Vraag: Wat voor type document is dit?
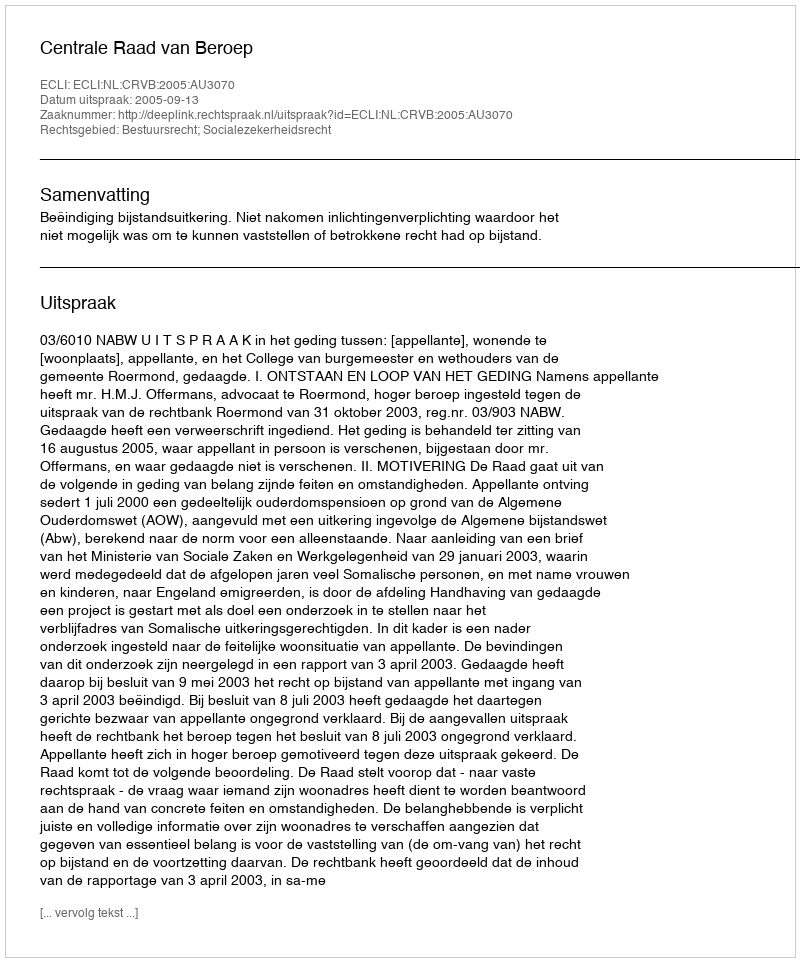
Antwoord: Uitspraak